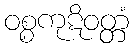
ဝစ္စကုဋိဝတ္တံ